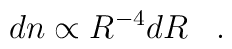
dn\propto R^{-4}dR\,\,\,\,\,.\,\,\,\,\,